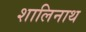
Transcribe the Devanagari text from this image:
शालिनाथ